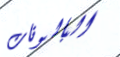
البالونات